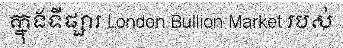
ក្នុងទីផ្សារ London Bullion Market របស់